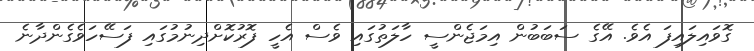
ގޮވައިލައިފަ އެވެ. އޭގެ ސަބަބުން އިމަޖެންސީ ހާލަތުގައި ވެސް އެހީ ފޮރުކޮށްދިނުމުގައި ފަސޭހަވެގެންދާނެ